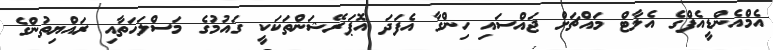
އެމްއެންޑީއެފްގެ އެލާޓް މައްޗަށް ޖައްސައި ހިންގާ އެފަދަ އޮޕަރޭޝަންތަކަކީ ގައުމުގެ މަސްލަހަތާއި ރައްޔިތުންގެ